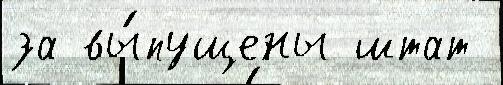
за вы́пущены штат